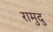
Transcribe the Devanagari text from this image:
रामुदु